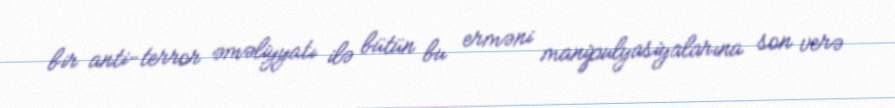
bir anti-terror əməliyyatı ilə bütün bu erməni manipulyasiyalarına son verə